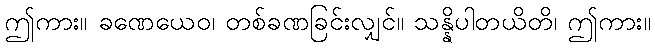
ဤကား။ ခဏေယေဝ၊ တစ်ခဏခြင်းလျှင်။ သန္နိပါတယိတိ၊ ဤကား။